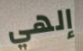
إلهي